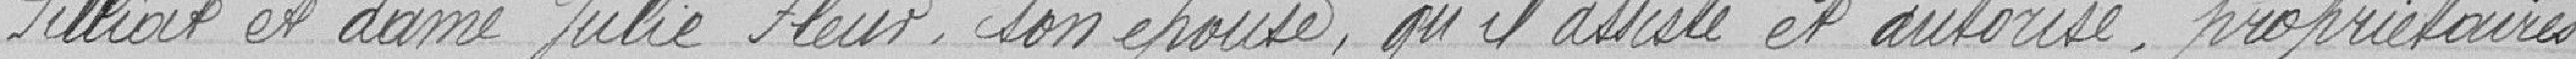
Pilliat et dame Julie Fleur, son épouse, qu'il assiste et autorise , propriétaires,